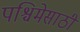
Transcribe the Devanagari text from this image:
पश्चिमेसाठी